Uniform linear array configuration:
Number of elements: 48
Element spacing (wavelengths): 1
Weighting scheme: cosine
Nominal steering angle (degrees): -60
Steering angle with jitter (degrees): -58.674
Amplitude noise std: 0.05
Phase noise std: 0.05

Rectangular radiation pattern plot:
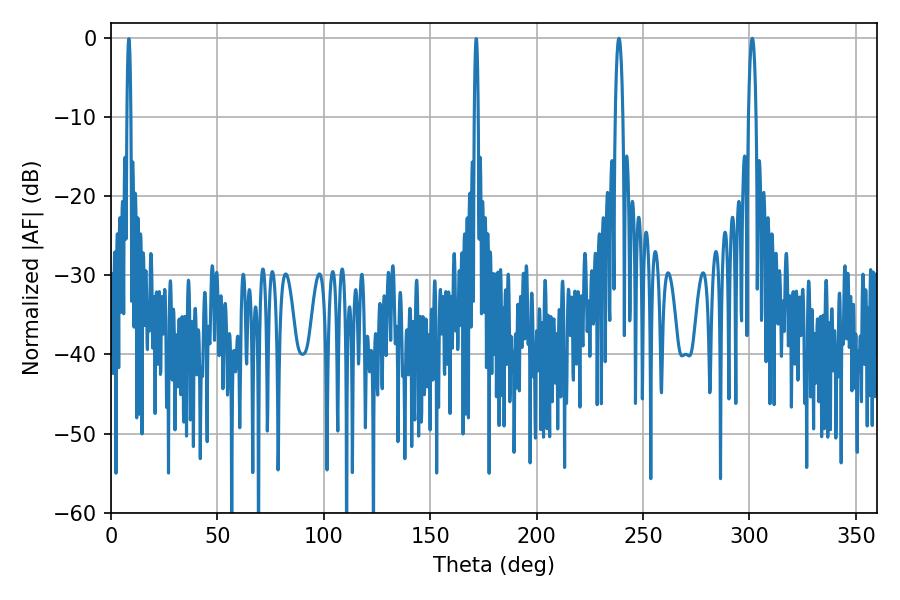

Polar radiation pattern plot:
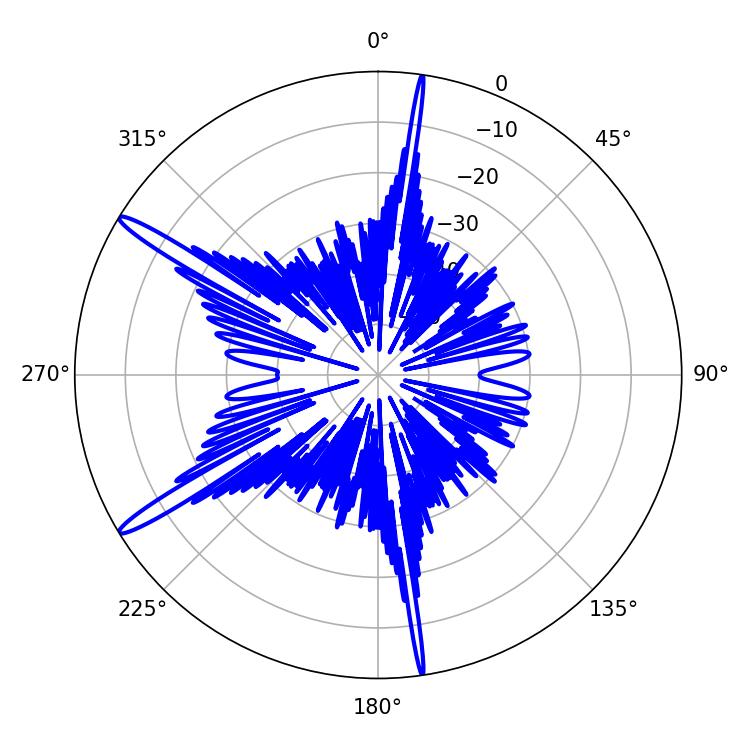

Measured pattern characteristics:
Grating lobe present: TRUE
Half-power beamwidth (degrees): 1.8
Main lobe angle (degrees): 301.32